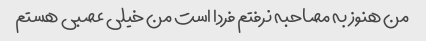
من هنوز به مصاحبه نرفتم فردا است من خیلی عصبی هستم